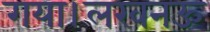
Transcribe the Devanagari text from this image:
गया।लखनऊ